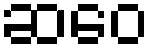
ဆဝေ